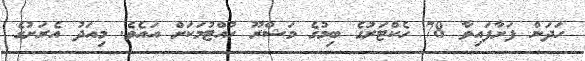
ހަދަން ފަށާފައިވާ 78 ހެކްޓަރުގެ ބިމުގެ މަޝްރޫ ހުއްޓުމަކަށް އައެވެ. މިއަދު އެރަށުގެ